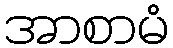
အာစာမံ